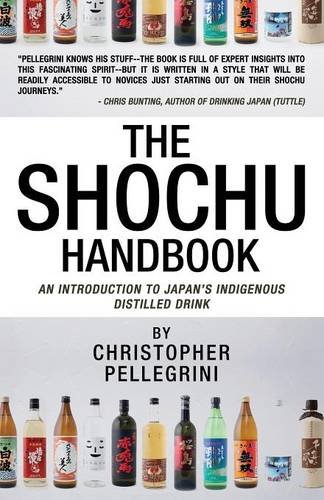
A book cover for The Shochu Handbook - An Introduction to Japan's Indigenous Distilled Drink; Christopher Pellegrini; Cookbooks, Food & Wine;